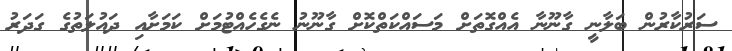
ސަރުކާރުން ބަލާނީ ގާނޫނާ އެއްގޮތަށް މަސައްކަތްކޮށް ގާނޫނު ނެގެހެއްޓުމަށް ކަމަށާއި ދައުލަތުގެ ގަދަރު